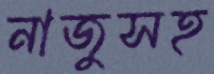
নাজুসহ